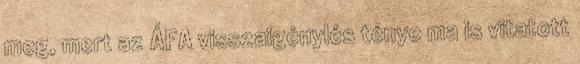
meg, mert az ÁFA visszaigénylés ténye ma is vitatott